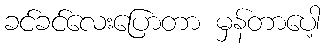
ခင်ခင်လေးပြောတာ မှန်တာပေါ့